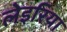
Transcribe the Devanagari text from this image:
लेइरिया